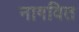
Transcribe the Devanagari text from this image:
नागवित